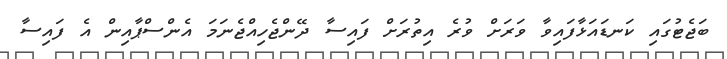
ބަޖެޓުގައި ކަނޑައަޅާފައިވާ ވަރަށް ވުރެ އިތުރަށް ފައިސާ ދޭންޖެހިއްޖެނަމަ އެންސްޕާއިން އެ ފައިސާ